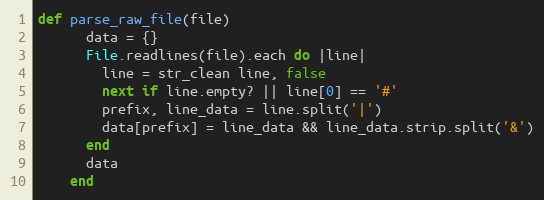
Language: Ruby
def parse_raw_file(file)
      data = {}
      File.readlines(file).each do |line|
        line = str_clean line, false
        next if line.empty? || line[0] == '#'
        prefix, line_data = line.split('|')
        data[prefix] = line_data && line_data.strip.split('&')
      end
      data
    end